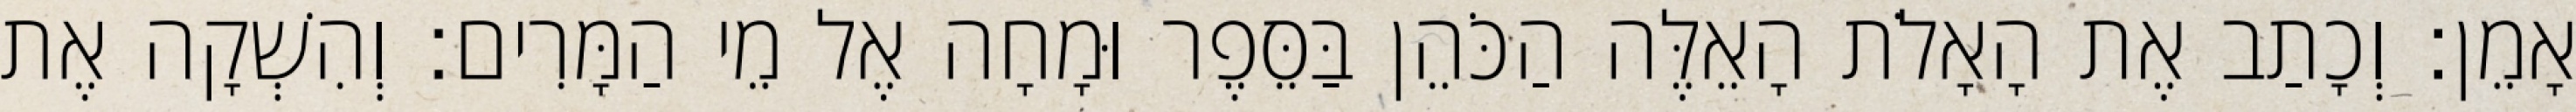
אָמֵן׃ וְכָתַב אֶת הָאָלֹת הָאֵלֶּה הַכֹּהֵן בַּסֵּפֶר וּמָחָה אֶל מֵי הַמָּרִים׃ וְהִשְׁקָה אֶת